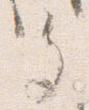
多